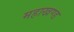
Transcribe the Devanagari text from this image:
महाखण्ड